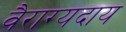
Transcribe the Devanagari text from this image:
वैराग्यदाय